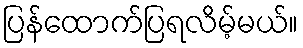
ပြန်ထောက်ပြရလိမ့်မယ်။